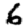
Digit: 6